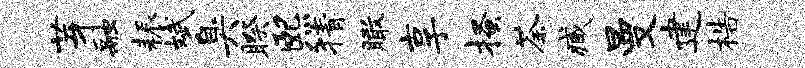
芽融耨斌臭睽熙猜瞰享搔荼臧曼建梏